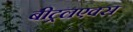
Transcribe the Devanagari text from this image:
बीट्रलएक्स